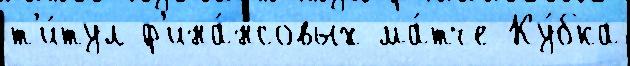
т'и́тул ф'ина́нсовых ма́тче Ку́бка